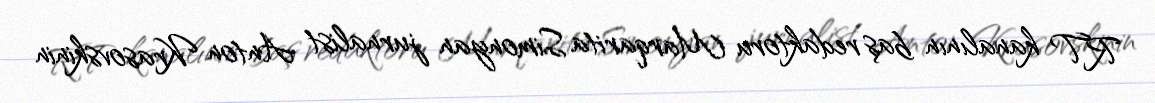
RT kanalının baş redaktoru Marqarita Simonyan jurnalist Anton Krasovskinin